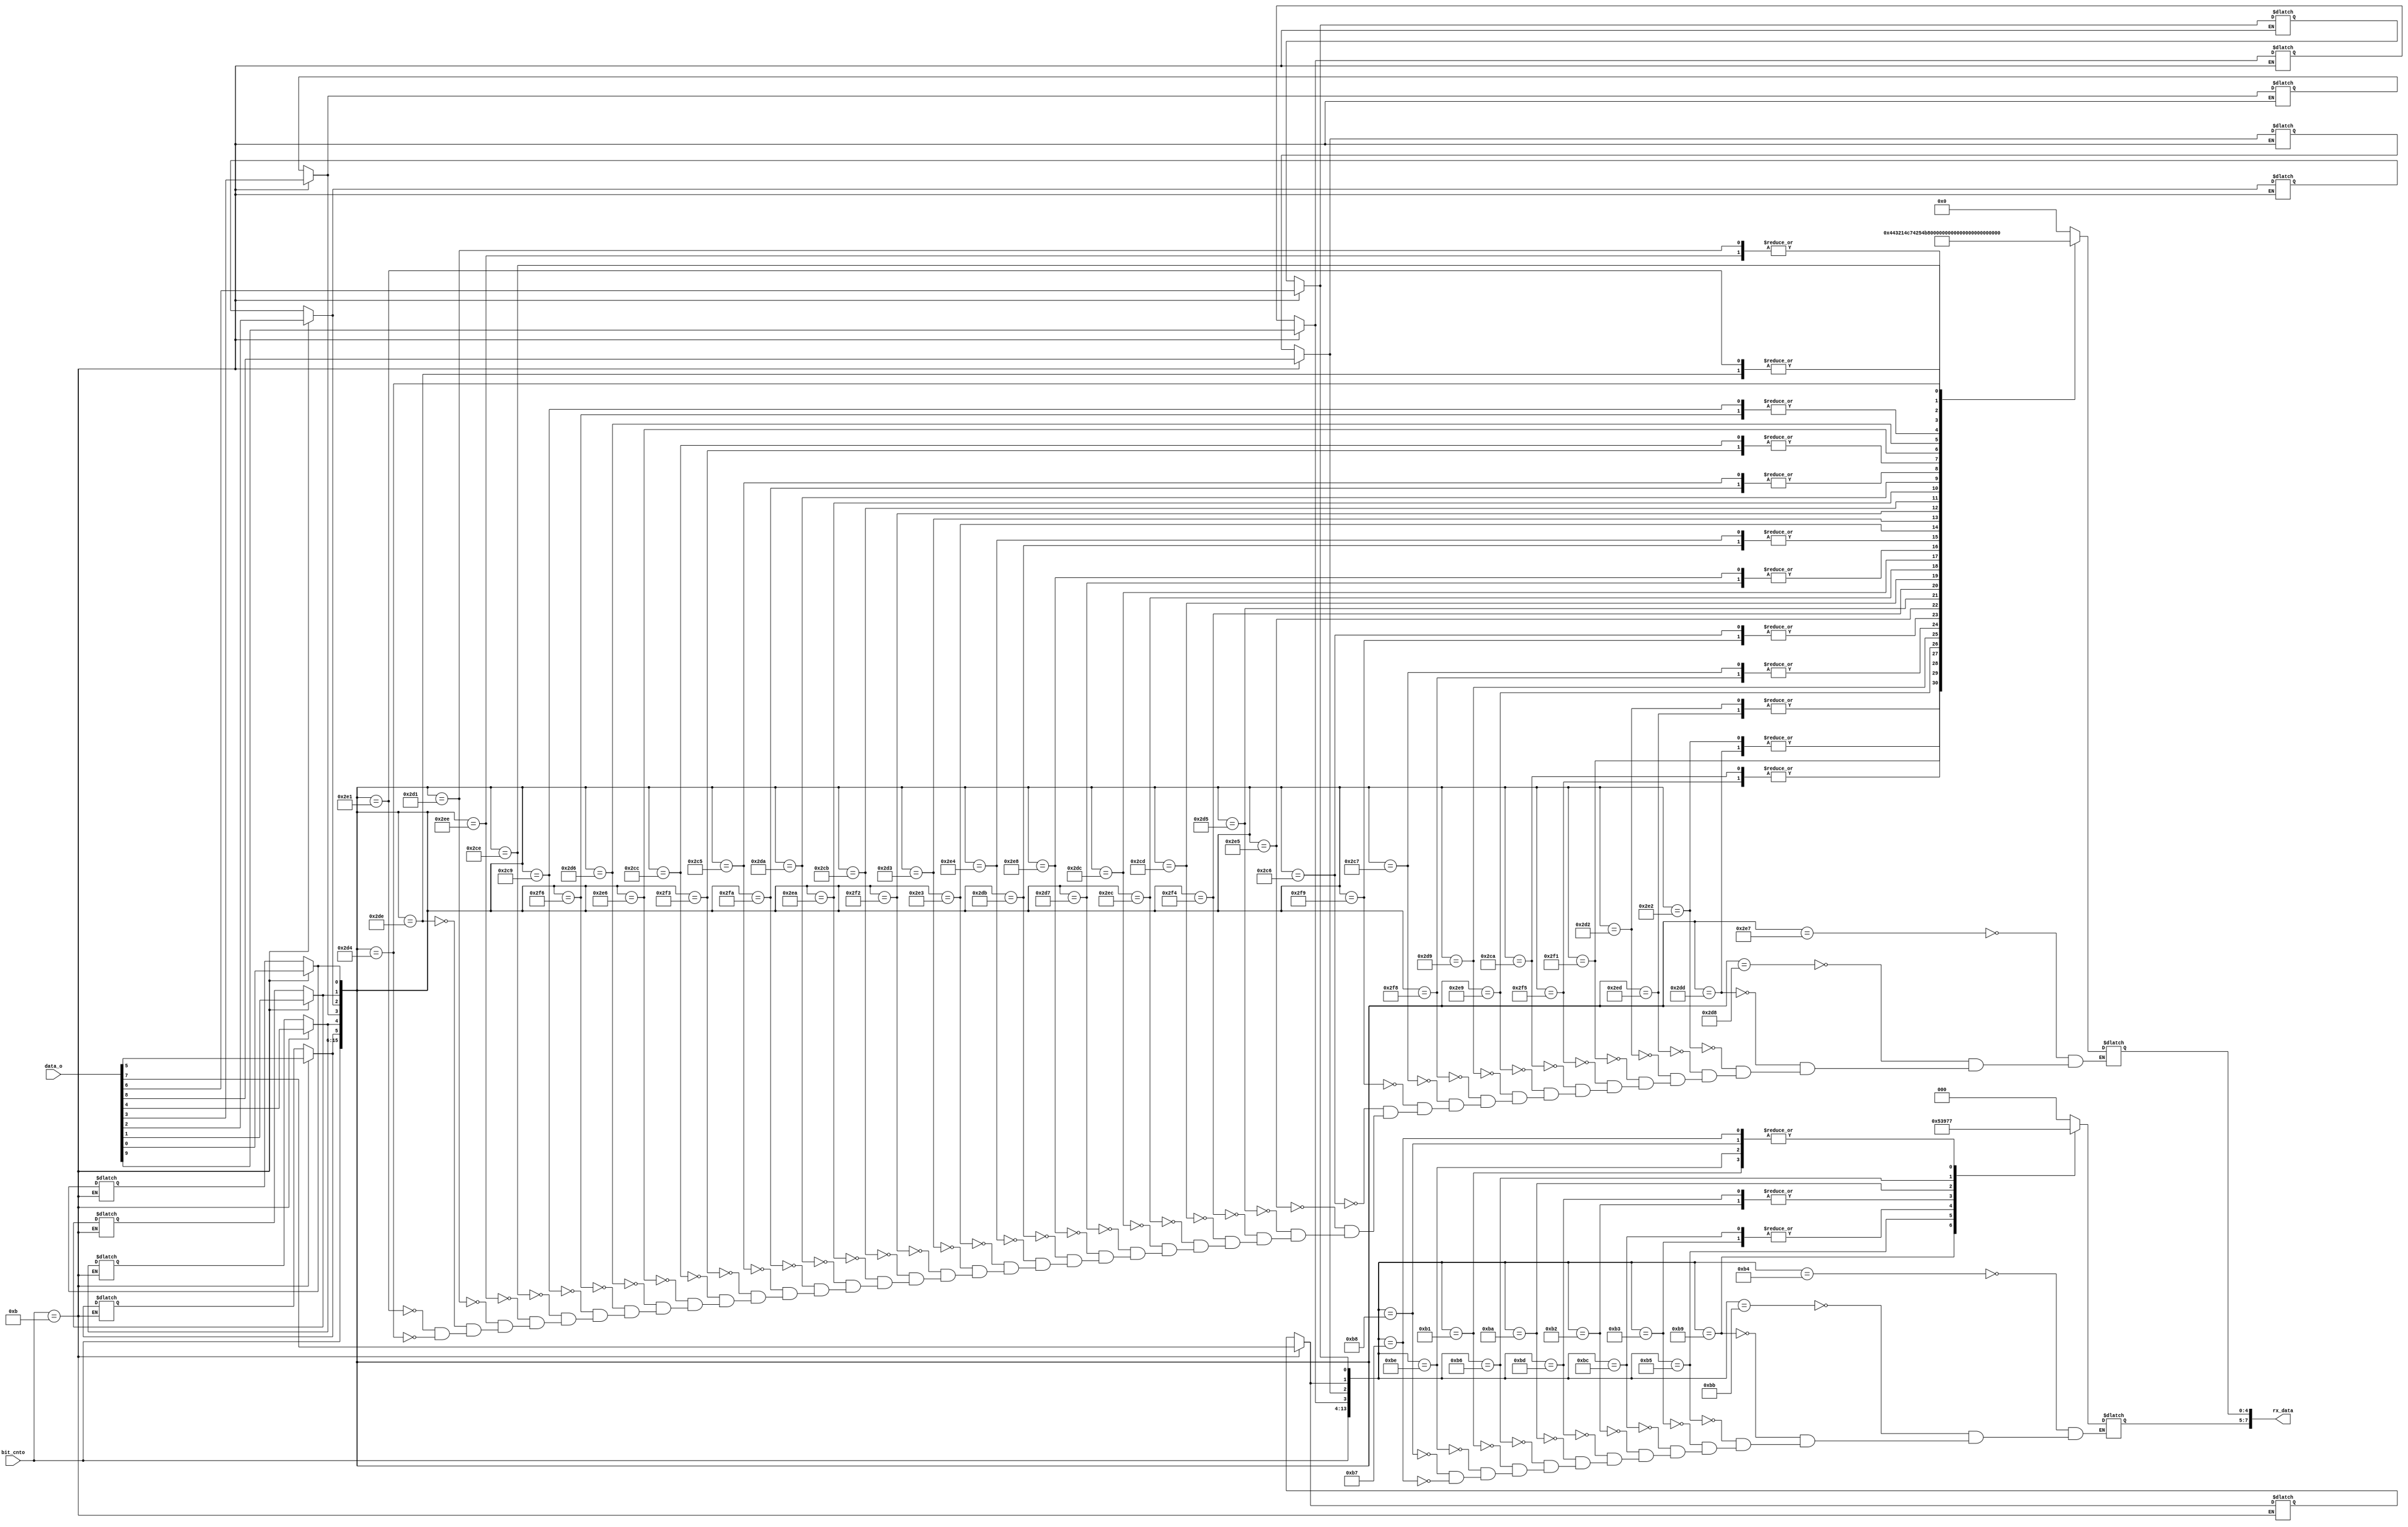
module ten_eight
(
	input wire [9:0] data_o,
	input wire [9:0] bit_cnto,
	
	output wire [7:0] rx_data
);

reg [3:0] four_msb;
reg [5:0] six_lsb;

reg [2:0] three_msb;
reg [4:0] five_lsb;



always @ *
begin

	casex({bit_cnto})
	
		10'd11:
			begin
				
				six_lsb[0] = data_o[0];
				six_lsb[1] = data_o[1];
				six_lsb[2] = data_o[2];
				six_lsb[3] = data_o[3];
				six_lsb[4] = data_o[4];
				six_lsb[5] = data_o[5];

				four_msb[0] = data_o[6];
				four_msb[1] = data_o[7];
				four_msb[2] = data_o[8];
				four_msb[3] = data_o[9];
				
			end
			
		endcase

	casex({bit_cnto, six_lsb})
	
		{10'd11, 6'b100111}: five_lsb = 5'b00000;
		{10'd11, 6'b011000}: five_lsb = 5'b00000;
		
		{10'd11, 6'b011101}: five_lsb = 5'b00001;
		{10'd11, 6'b100010}: five_lsb = 5'b00001;
		
		{10'd11, 6'b101101}: five_lsb = 5'b00010;
		{10'd11, 6'b010010}: five_lsb = 5'b00010;
		
		{10'd11, 6'b110001}: five_lsb = 5'b00011;
		
		{10'd11, 6'b110101}: five_lsb = 5'b00100;
		{10'd11, 6'b001010}: five_lsb = 5'b00100;
		
		{10'd11, 6'b101001}: five_lsb = 5'b00101;
		
		{10'd11, 6'b011001}: five_lsb = 5'b00110;
		
		{10'd11, 6'b111000}: five_lsb = 5'b00111;
		{10'd11, 6'b000111}: five_lsb = 5'b00111;
		
		{10'd11, 6'b111001}: five_lsb = 5'b01000;
		{10'd11, 6'b000110}: five_lsb = 5'b01000;
		
		{10'd11, 6'b100101}: five_lsb = 5'b01001;
		
		{10'd11, 6'b010101}: five_lsb = 5'b01010;
		
		{10'd11, 6'b110100}: five_lsb = 5'b01011;
		
		{10'd11, 6'b001101}: five_lsb = 5'b01100;
		
		{10'd11, 6'b101100}: five_lsb = 5'b01101;
		
		{10'd11, 6'b011100}: five_lsb = 5'b01110;
		
		{10'd11, 6'b010111}: five_lsb = 5'b01111;
		{10'd11, 6'b101000}: five_lsb = 5'b01111;
		
		{10'd11, 6'b011011}: five_lsb = 5'b10000;
		{10'd11, 6'b100100}: five_lsb = 5'b10000;
		
		{10'd11, 6'b100011}: five_lsb = 5'b10001;
		
		{10'd11, 6'b010011}: five_lsb = 5'b10010;
		
		{10'd11, 6'b110010}: five_lsb = 5'b10011;
		
		{10'd11, 6'b001011}: five_lsb = 5'b10100;
		
		{10'd11, 6'b101010}: five_lsb = 5'b10101;
		
		{10'd11, 6'b011010}: five_lsb = 5'b10110;
		
		{10'd11, 6'b111010}: five_lsb = 5'b10111;
		{10'd11, 6'b000101}: five_lsb = 5'b10111;
		
		{10'd11, 6'b110011}: five_lsb = 5'b11000;
		{10'd11, 6'b001100}: five_lsb = 5'b11000;
		
		{10'd11, 6'b100110}: five_lsb = 5'b11001;
		
		{10'd11, 6'b010110}: five_lsb = 5'b11010;
		
		{10'd11, 6'b110110}: five_lsb = 5'b11011;
		{10'd11, 6'b001001}: five_lsb = 5'b11011;
		
		{10'd11, 6'b001110}: five_lsb = 5'b11100;
		
		{10'd11, 6'b101110}: five_lsb = 5'b11101;
		{10'd11, 6'b010001}: five_lsb = 5'b11101;
		
		{10'd11, 6'b011110}: five_lsb = 5'b11110;
		{10'd11, 6'b100001}: five_lsb = 5'b11110;
		
		{10'd11, 6'b101001}: five_lsb = 5'b11111;
		{10'd11, 6'b010100}: five_lsb = 5'b11111;
		
	endcase

	casex({bit_cnto, four_msb})
	
		{10'd11, 4'b0100}: three_msb = 3'b000;
		{10'd11, 4'b1011}: three_msb = 3'b000;
		
		{10'd11, 4'b1001}: three_msb = 3'b001;
		
		{10'd11, 4'b0101}: three_msb = 3'b010;
		
		{10'd11, 4'b0011}: three_msb = 3'b011;
		{10'd11, 4'b1100}: three_msb = 3'b011;
		
		{10'd11, 4'b0010}: three_msb = 3'b100;
		{10'd11, 4'b1101}: three_msb = 3'b100;
		
		{10'd11, 4'b1010}: three_msb = 3'b101;
		
		{10'd11, 4'b0110}: three_msb = 3'b110;
		
		{10'd11, 4'b0001}: three_msb = 3'b111;
		{10'd11, 4'b1110}: three_msb = 3'b111;
		{10'd11, 4'b1000}: three_msb = 3'b111;
		{10'd11, 4'b0111}: three_msb = 3'b111;
		
	endcase
	
end

assign rx_data = {three_msb, five_lsb};

endmodule